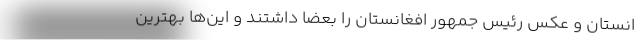
انستان و عکس رئیس جمهور افغانستان را بعضاً داشتند و این‌ها بهترین